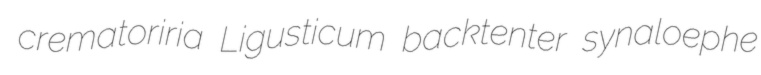
crematoriria Ligusticum backtenter synaloephe